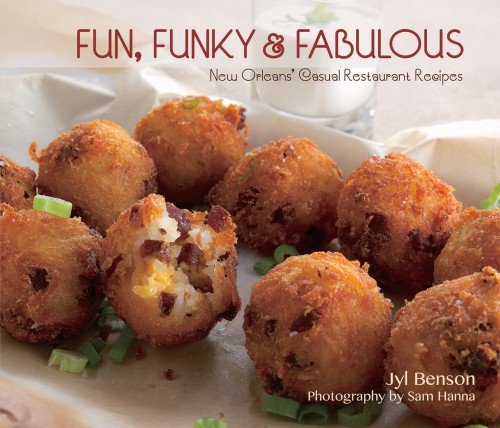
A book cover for Fun, Funky and Fabulous: New Orleans' Casual Restaurant Recipes; Jyl Benson; Cookbooks, Food & Wine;